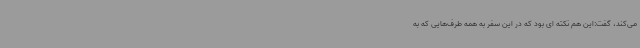
می‌کند، گفت:این هم نکته ای بود که در این سفر به همه طرف‌هایی که به